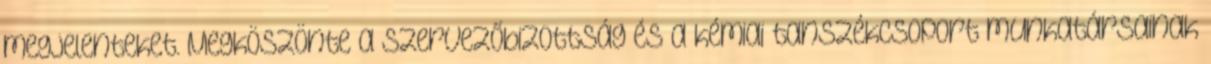
megjelenteket. Megköszönte a szervezőbizottság és a kémiai tanszékcsoport munkatársainak